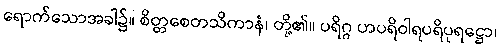
ရောက်သောအခါ၌။ စိတ္တစေတသိကာနံ၊ တို့၏။ ပရိဂ္ဂ ဟပရိဝါရပရိပုရဋ္ဌော၊